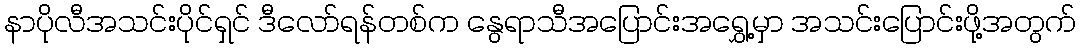
နာပိုလီအသင်းပိုင်ရှင် ဒီလော်ရန်တစ်က နွေရာသီအပြောင်းအရွှေ့မှာ အသင်းပြောင်းဖို့အတွက်